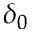
\delta _ { 0 }